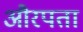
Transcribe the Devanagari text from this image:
औरपता